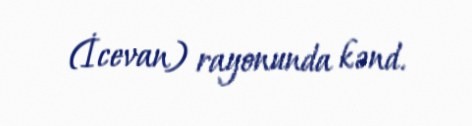
(İcevan) rayonunda kənd.